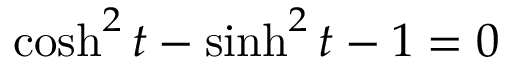
\; \cosh ^ { 2 } t - \sinh ^ { 2 } t - 1 = 0